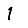
Digit: 1